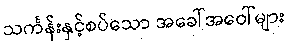
သင်္ကန်းနှင့်စပ်သော အခေါ်အဝေါ်များ